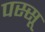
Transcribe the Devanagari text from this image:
पस्सू